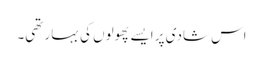
اس شادی پر ایسے پھولوں کی بہار تھی۔